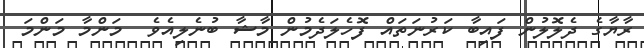
ރާޔާގެ ދެލޮލުން ފައިބާ ކަރުނަތައް ފޮހެލަދެމުން މާޝާ ބުނެލިއެވެ  މަންމާ މަންމަ